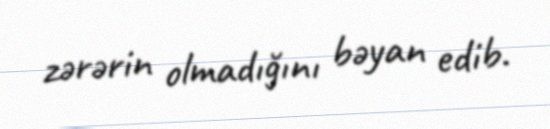
zərərin olmadığını bəyan edib.